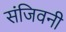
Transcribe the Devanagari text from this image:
संजिवनी